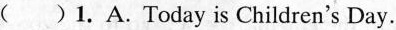
( )1.A.Today is Children's Day.